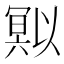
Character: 𭂄